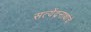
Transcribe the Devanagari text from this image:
सत्येंद्रनाथांचे